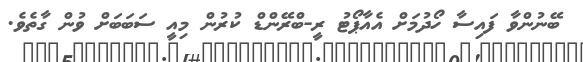
ބޭނުންވާ ފައިސާ ހޯދުމަށް އެއާޕޯޓު ރީ-ބްރޭންޑް ކުރުން މިއީ ސަބަބަށް ވުން ގާތެވެ.